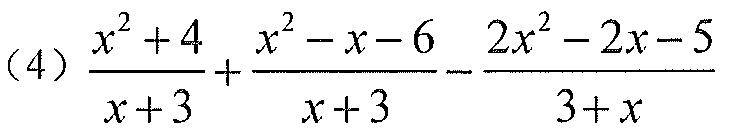
(4) $\dfrac{x^{2}+4}{x + 3}+\dfrac{x^{2}-x - 6}{x + 3}-\dfrac{2x^{2}-2x - 5}{3 + x}$